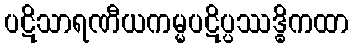
ပဋိသာရဏီယကမ္မပဋိပ္ပဿဒ္ဓိကထာ